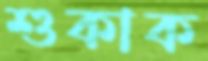
শুকাক